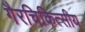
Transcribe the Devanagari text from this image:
गैरचिकित्सीय